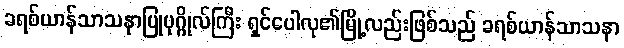
ခရစ်ယာန်သာသနာပြုပုဂ္ဂိုလ်ကြီး ရှင်ပေါလု၏မြို့လည်းဖြစ်သည် ခရစ်ယာန်သာသနာ